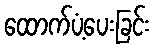
ထောက်ပံ့ပေးခြင်း